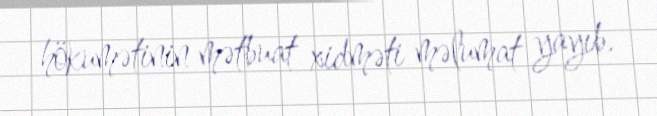
hökumətinin mətbuat xidməti məlumat yayıb.